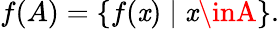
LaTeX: f(A)=\{ f(\mathit{x})\mid\mathit{x}\inA\} .